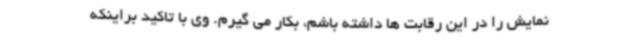
نمایش را در این رقابت ها داشته باشم، بکار می گیرم. وی با تاکید براینکه